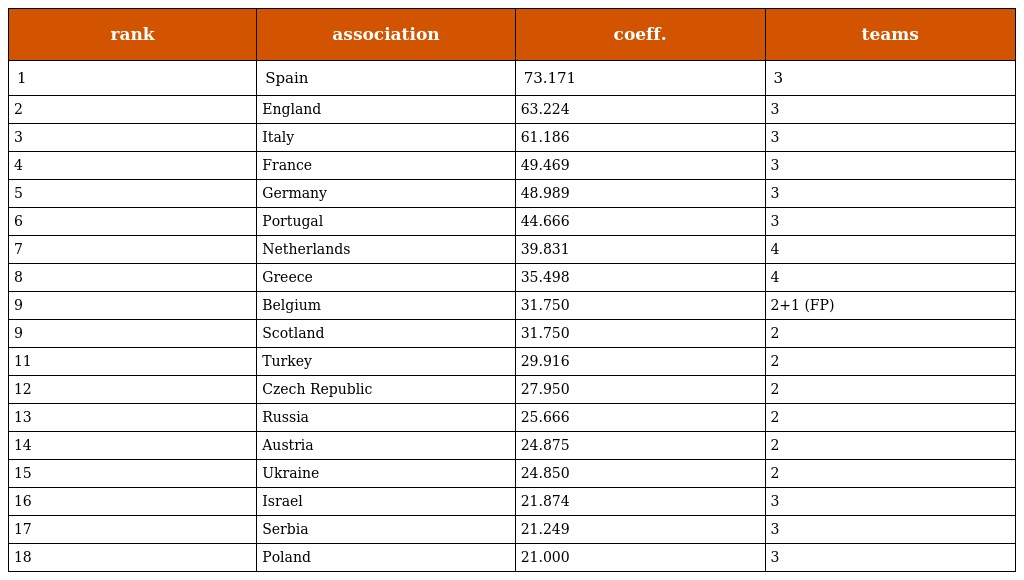
| rank | association | coeff. | teams |
 | --- | --- | --- | --- |
 | 1 | Spain | 73.171 | 3 |
 | 2 | England | 63.224 | 3 |
 | 3 | Italy | 61.186 | 3 |
 | 4 | France | 49.469 | 3 |
 | 5 | Germany | 48.989 | 3 |
 | 6 | Portugal | 44.666 | 3 |
 | 7 | Netherlands | 39.831 | 4 |
 | 8 | Greece | 35.498 | 4 |
 | 9 | Belgium | 31.750 | 2+1 (FP) |
 | 9 | Scotland | 31.750 | 2 |
 | 11 | Turkey | 29.916 | 2 |
 | 12 | Czech Republic | 27.950 | 2 |
 | 13 | Russia | 25.666 | 2 |
 | 14 | Austria | 24.875 | 2 |
 | 15 | Ukraine | 24.850 | 2 |
 | 16 | Israel | 21.874 | 3 |
 | 17 | Serbia | 21.249 | 3 |
 | 18 | Poland | 21.000 | 3 |